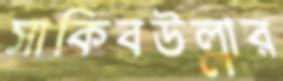
সাকিবউল্লার